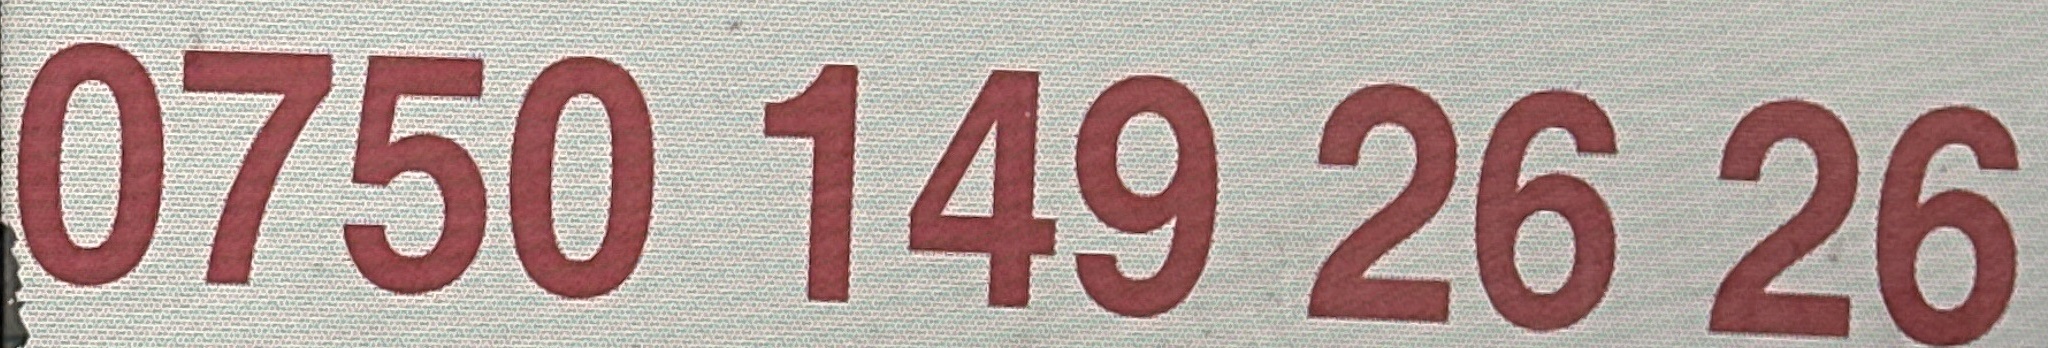
0750 149 26 26